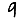
Digit: 9